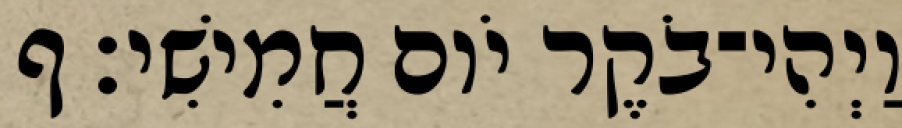
וַיְהִי־בֹקֶר יֹום חֲמִישִׁי׃ ף